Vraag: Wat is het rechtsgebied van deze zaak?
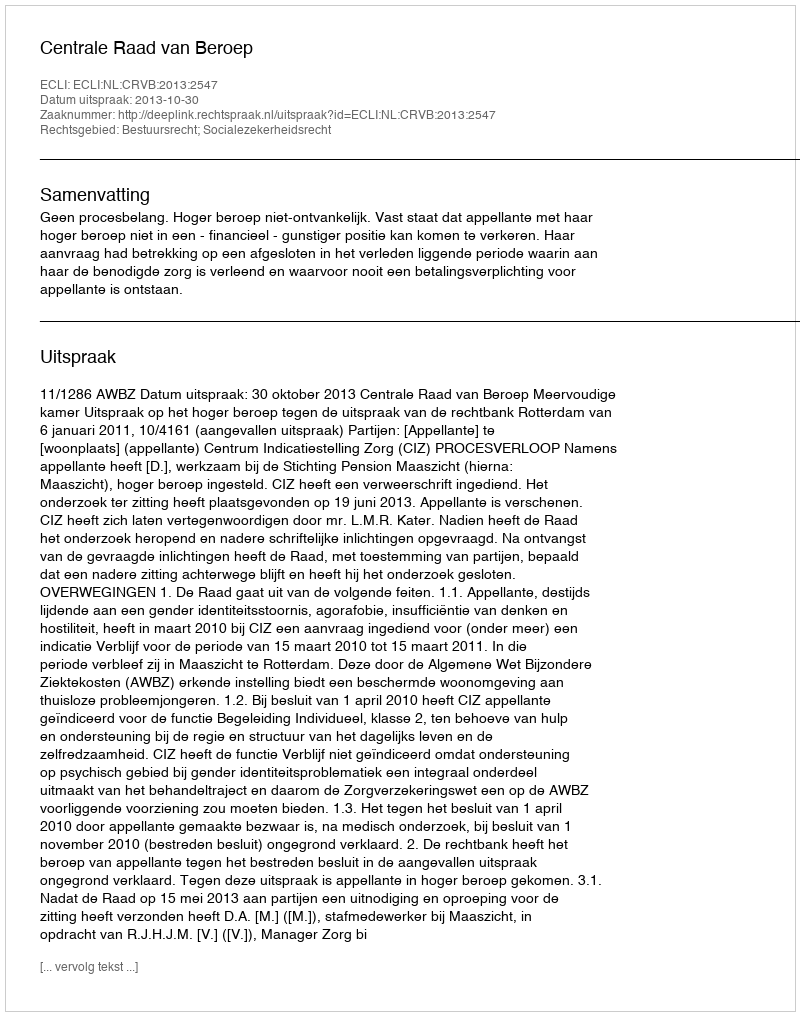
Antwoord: Bestuursrecht; Socialezekerheidsrecht